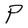
Character: P